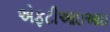
એફટીઆઇઆઇ